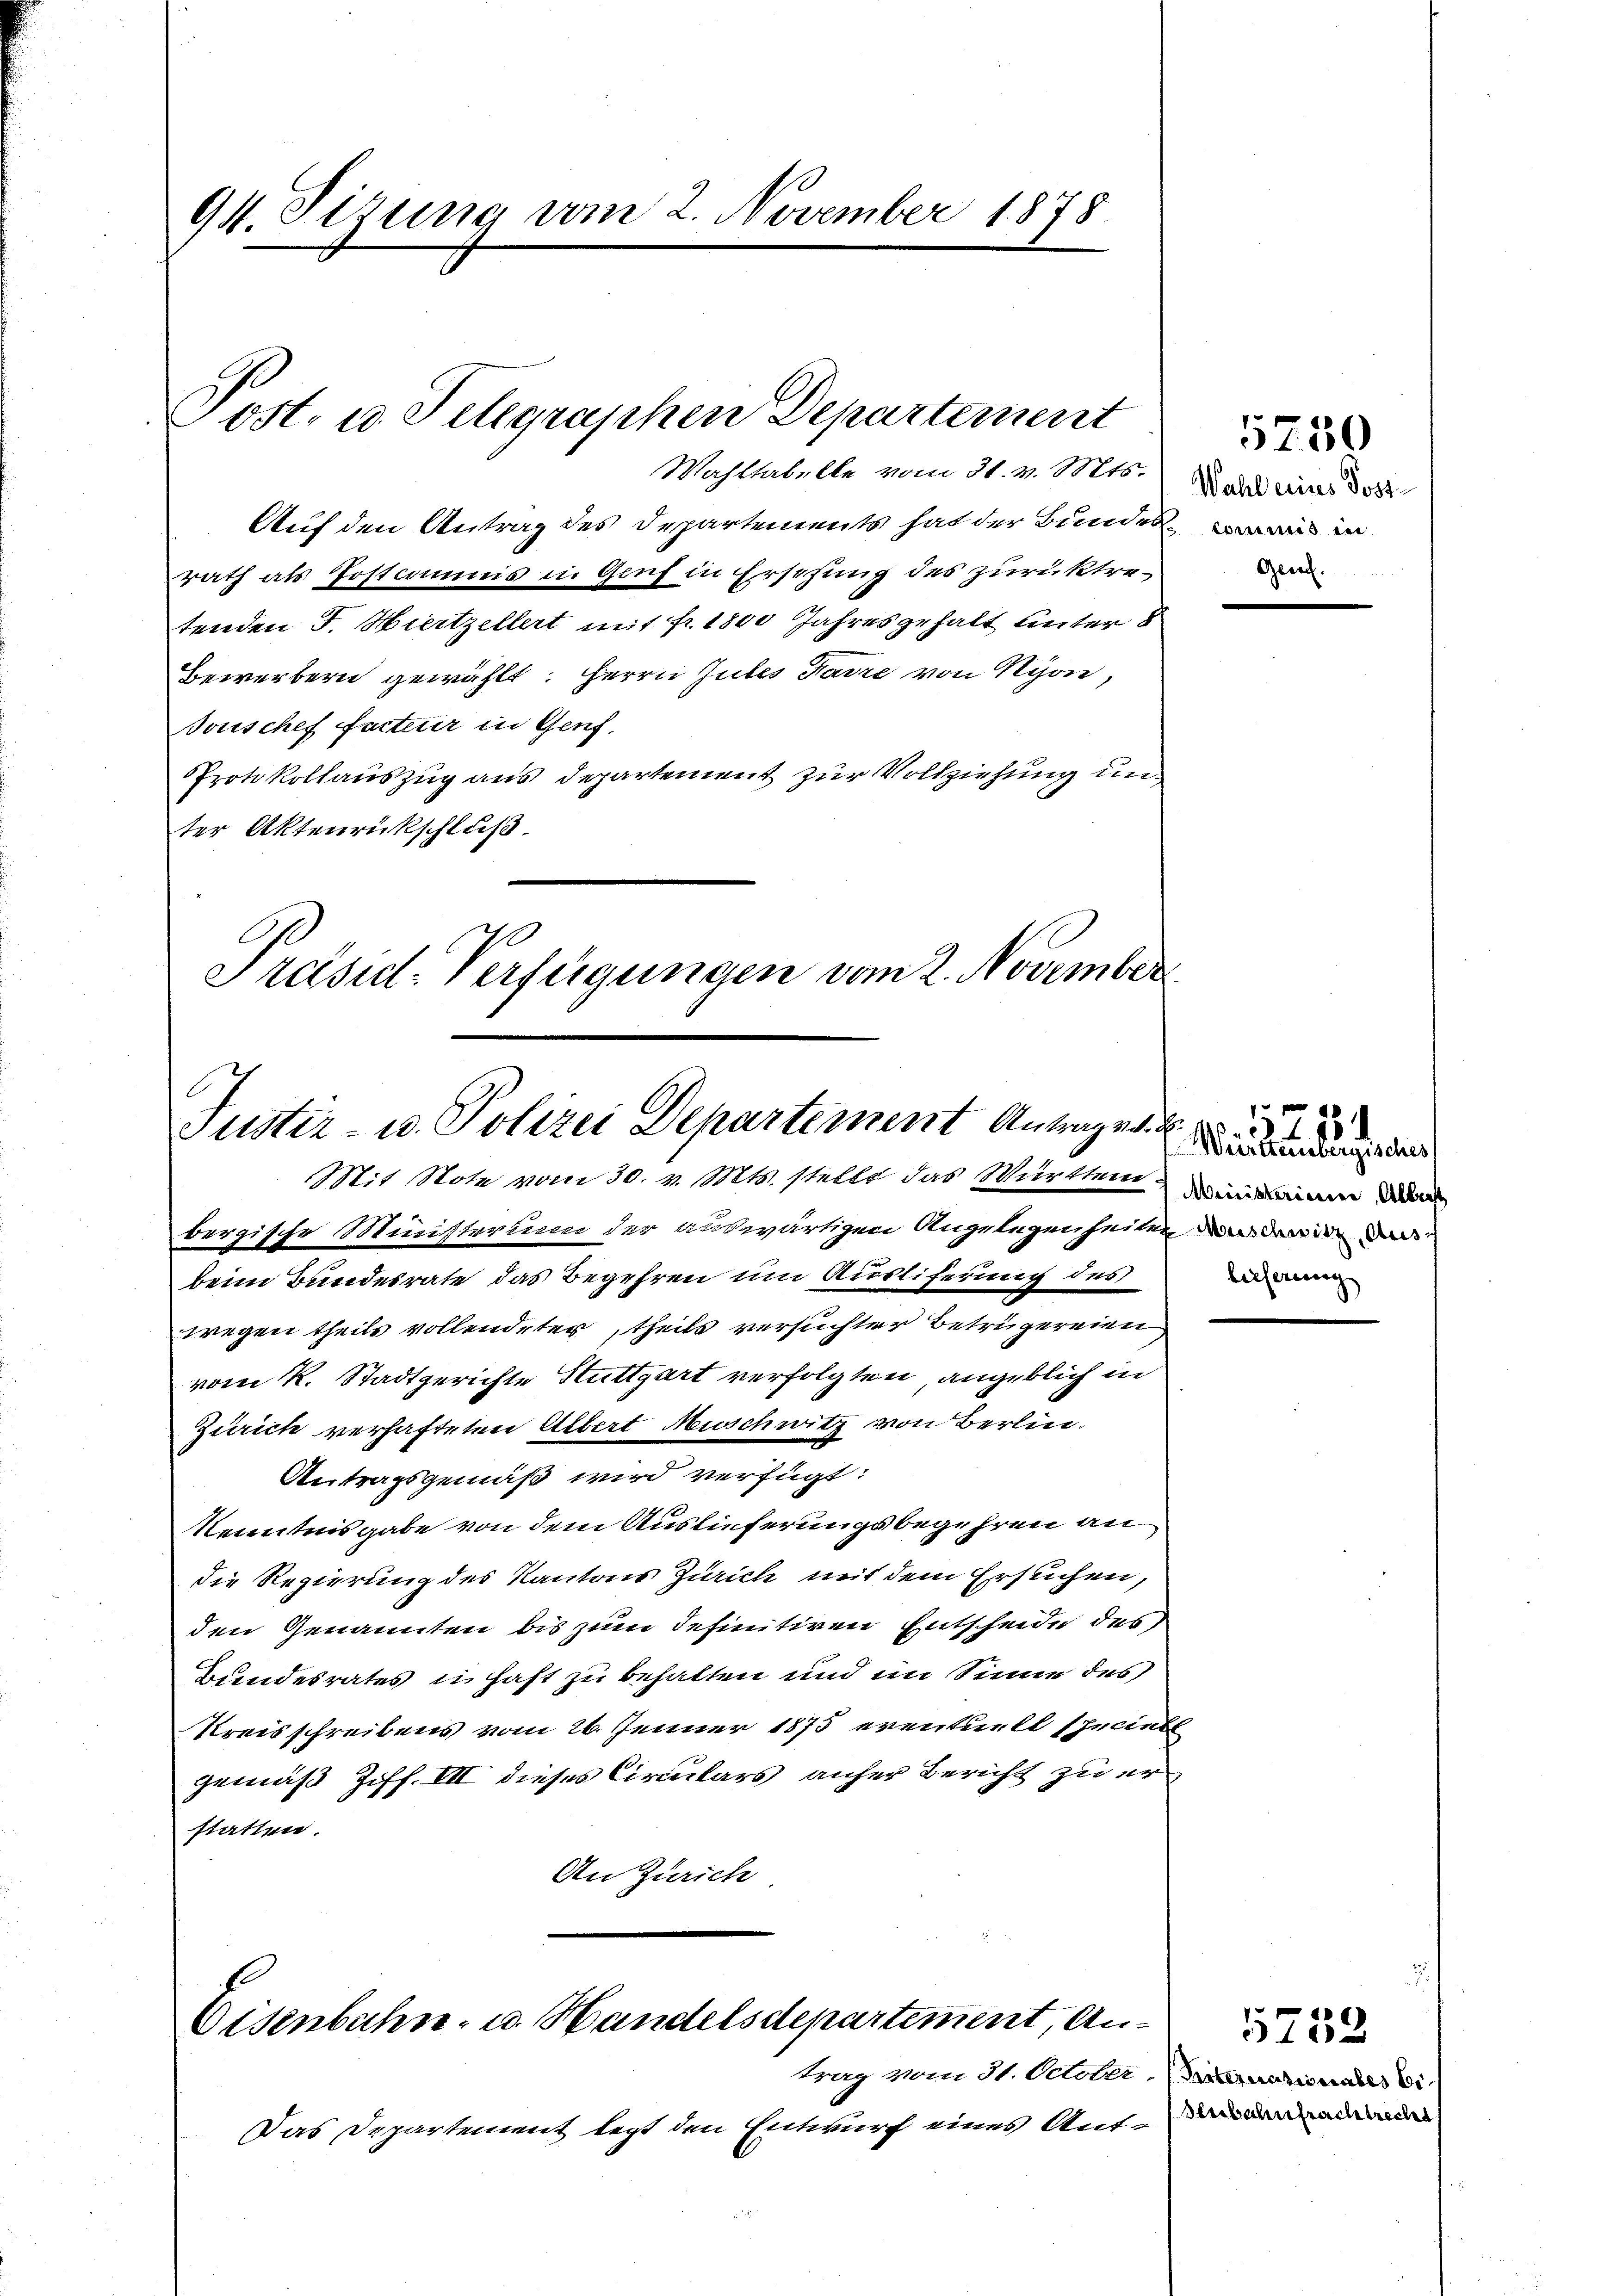
94. Sirung vom 2. November 1878

Wahltabelle vom 31. v. Mts.
Auf den Antrag des Departements hat der Bundes, was in
rath als Postcommis in Genf in Ersetzung des zurücktretenden F. Hiertzellert mit fr. 1800 Jahres gehalt unter 8
Bewerbern gewählt: Herrn Gutes Favre von Nyon,
Bouschef Facter in Genf,
Protokollauszug aus Departement zur Vollziehung unter Aktenrückschluß.
Präsid. Verfügungen vom 2. November

Post- u. Telegraphen Departement

Justiz- u. Polizei Departement Antrages d
Mit Note vom 30. v. Mts. stellt das Württereinen d

bergische Münsterung der auswärtigen Angelegenheiten da dir das
beim Bundesrate das Begehren um Ausliferung des
wegen theils vollendeter, theils versuchter Betrügereien
vom K. Stadtgerichte Stuttgart verfolgten angeblich in
Zürich verhafteten Albert Neuschwitz von Berlin-
Antragsgemäß wird verfügt:
KKenntnisgabe von dem Auslieferungsbegehren an
die Regierung des Kantons Zürich mit dem Ersuchen,
den Genannten bis zum definitiven Entscheide des
Bundesrates u. hast zu behalten und im Sinne des
Kreisschreibens vom 26. Jenner 1875 eventuell speciell
gemäß Ziff. III dieses Circulars anher Bericht zu erstatten.
An Zürich

Eisenbahn- u. Handelsdepartement, An¬

Das Departement legt den Entwurf eines Ant¬

trag vom 31. October.

Wahl eines Post
Geret.

5750

Württembergisches
lieferung

25

Prternationales bi
Senbahnfrachtrecht

5753